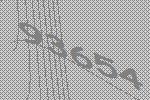
93654